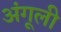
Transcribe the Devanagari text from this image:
अंगूली